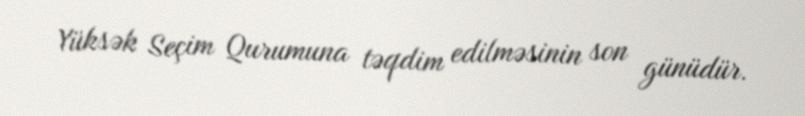
Yüksək Seçim Qurumuna təqdim edilməsinin son günüdür.